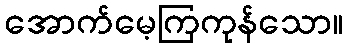
အောက်မေ့ကြကုန်သော။